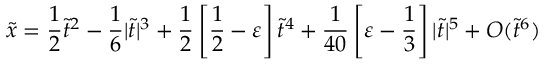
\tilde { x } = { \frac { 1 } { 2 } } \tilde { t } ^ { 2 } - { \frac { 1 } { 6 } } | \tilde { t } | ^ { 3 } + { \frac { 1 } { 2 } } \left[ { \frac { 1 } { 2 } } - \varepsilon \right] \tilde { t } ^ { 4 } + { \frac { 1 } { 4 0 } } \left[ \varepsilon - { \frac { 1 } { 3 } } \right] | \tilde { t } | ^ { 5 } + O ( \tilde { t } ^ { 6 } )